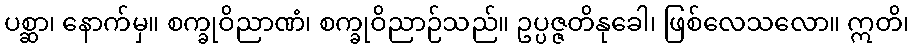
ပစ္ဆာ၊ နောက်မှ။ စက္ခုဝိညာဏံ၊ စက္ခုဝိညာဉ်သည်။ ဥပ္ပဇ္ဇတိနုခေါ၊ ဖြစ်လေသလော။ ဣတိ၊